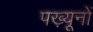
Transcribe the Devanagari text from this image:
पख़्यूनों